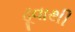
ઢૂવાથી